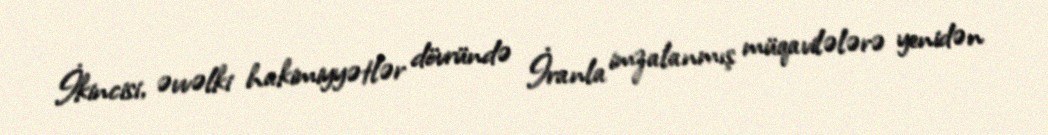
İkincisi, əvvəlki hakimiyyətlər dövründə İranla imzalanmış müqavilələrə yenidən